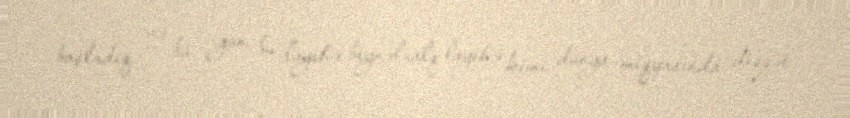
başladıq və bu gün bu layihə beynəlxalq layihə kimi dünya miqyasında diqqət